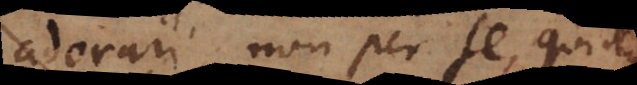
adorari, non per se quidem,